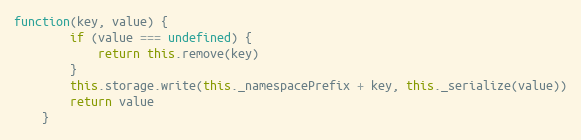
Language: JavaScript
function(key, value) {
		if (value === undefined) {
			return this.remove(key)
		}
		this.storage.write(this._namespacePrefix + key, this._serialize(value))
		return value
	}